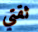
ثقتي